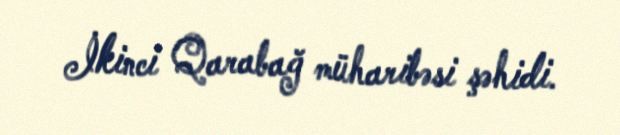
İkinci Qarabağ müharibəsi şəhidi.